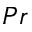
P r